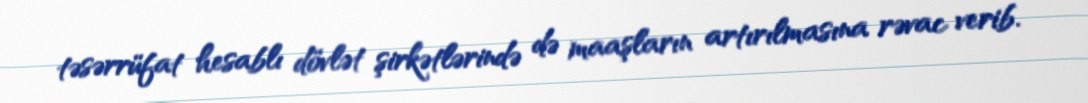
təsərrüfat hesablı dövlət şirkətlərində də maaşların artırılmasına rəvac verib.